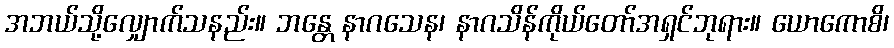
အဘယ်သို့လျှောက်သနည်း။ ဘန္တေ နာဂသေန၊ နာဂသိန်ကိုယ်တော်အရှင်ဘုရား။ ယောကောစိ၊